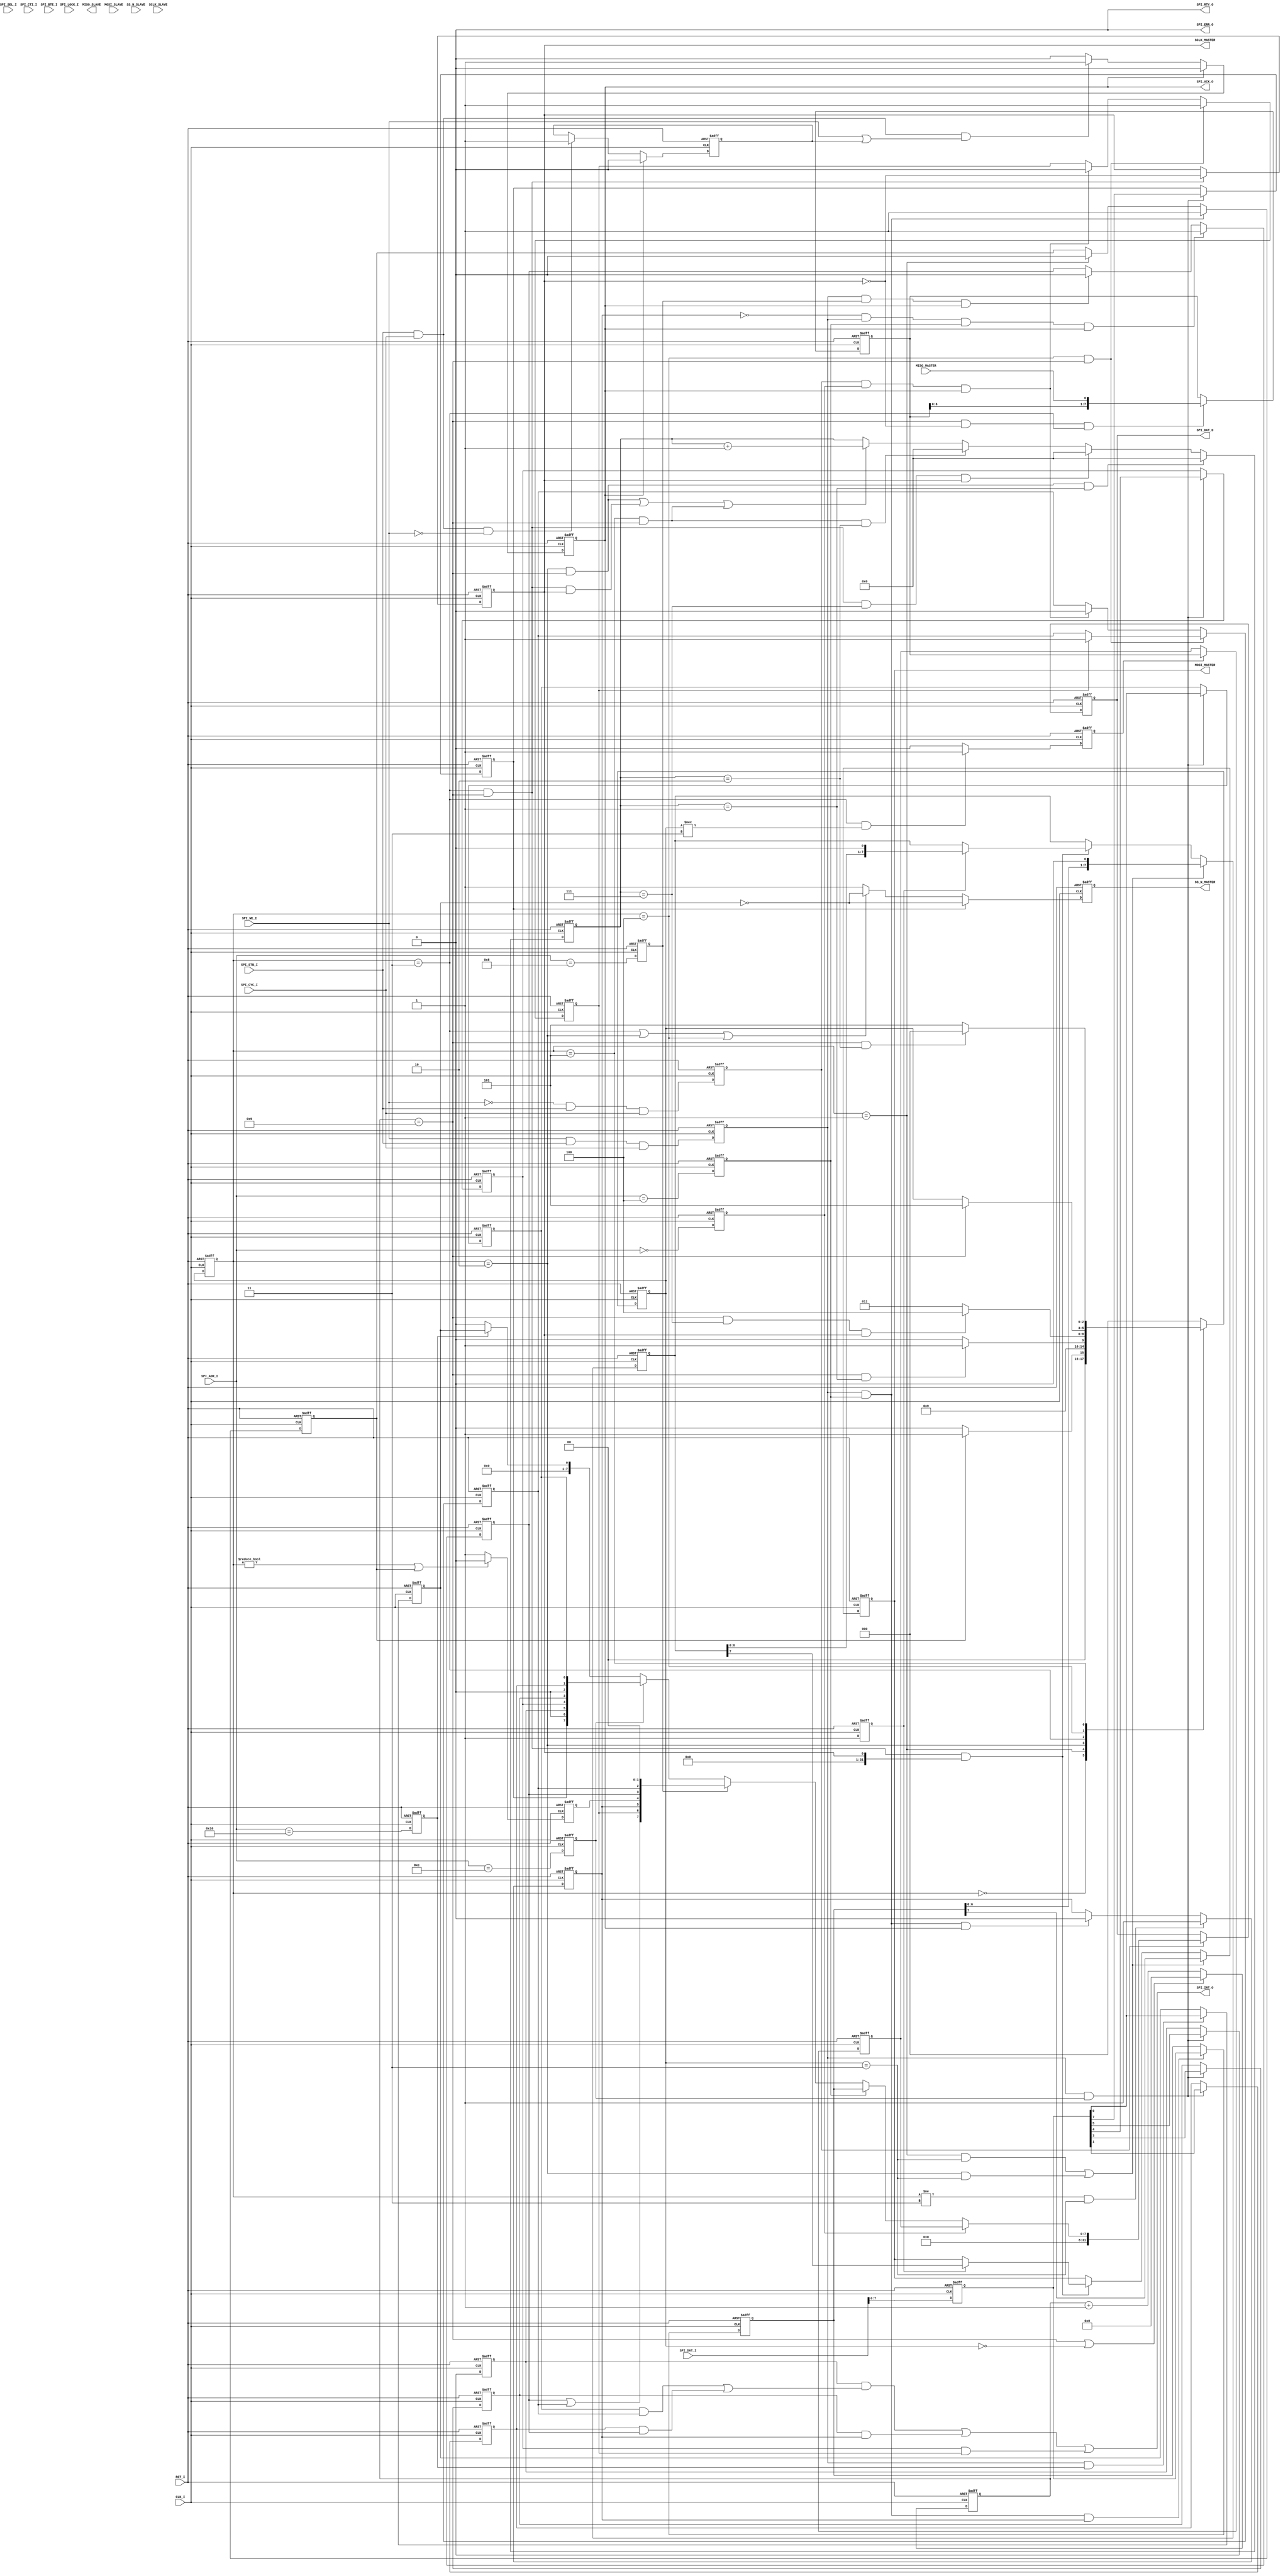
//   ==================================================================
//   >>>>>>>>>>>>>>>>>>>>>>> COPYRIGHT NOTICE <<<<<<<<<<<<<<<<<<<<<<<<<
//   ------------------------------------------------------------------
//   Copyright (c) 2013 by Lattice Semiconductor Corporation
//   ALL RIGHTS RESERVED 
//   ------------------------------------------------------------------
//
//   Permission:
//
//      Lattice SG Pte. Ltd. grants permission to use this code
//      pursuant to the terms of the Lattice Reference Design License Agreement. 
//
//
//   Disclaimer:
//
//      This VHDL or Verilog source code is intended as a design reference
//      which illustrates how these types of functions can be implemented.
//      It is the user's responsibility to verify their design for
//      consistency and functionality through the use of formal
//      verification methods.  Lattice provides no warranty
//      regarding the use or functionality of this code.
//
//   --------------------------------------------------------------------
//
//                  Lattice SG Pte. Ltd.
//                  101 Thomson Road, United Square #07-02 
//                  Singapore 307591
//
//
//                  TEL: 1-800-Lattice (USA and Canada)
//                       +65-6631-2000 (Singapore)
//                       +1-503-268-8001 (other locations)
//
//                  web: http://www.latticesemi.com/
//
//   --------------------------------------------------------------------
//
// --------------------------------------------------------------------
// Code Revision History :
// --------------------------------------------------------------------
// Ver: | Author |Mod. Date |Changes Made:
// V1.0 | J.D.   |01/28/09  |Ported design from LatticeMico32 wb_spi.v
//                          |Modified parameter values and bus widths
//                          |for use with 8 bit bus from Mico8
// V1.1 | S.R    | 21/07/09 |Added the preserve attributeon used ports for 4KZE
//                          |timing simulation
// V1.2 | H.C.   | 11/02/10 |Added the asynchronous reset signal to n_status
//                          |Removed (c_status == ST_IDLE) from the asynchronous
//                          |reset for clock_cnt, and used (n_status == ST_IDLE) as
//                          |the synchronous reset for clock_cnt
// --------------------------------------------------------------------

`timescale 1ns/10ps

module spi #(
   parameter  SHIFT_DIRECTION = 0,
   parameter  CLOCK_PHASE     = 0,
   parameter  CLOCK_POLARITY  = 0,
   parameter  CLOCK_SEL       = 9,		//  SCLK = CLK_I / (2 * (CLOCK_SEL + 1)) = CLK_I / 4
   parameter  MASTER          = 1,
   parameter  SLAVE_NUMBER    = 1,		//  maximum value = 8 for current design
   parameter  DATA_LENGTH     = 8,		//  changed from 32 to 8
   parameter  DELAY_TIME      = 2,
   parameter  CLKCNT_WIDTH    = 5,
   parameter  INTERVAL_LENGTH = 2)
   (
   //slave port
   SPI_ADR_I,    //8 bit width - changed from 32 bits
   SPI_DAT_I,    //8 bit width - changed from 32 bits
   SPI_WE_I,
   SPI_CYC_I,
   SPI_STB_I,
   SPI_SEL_I,
   SPI_CTI_I,
   SPI_BTE_I,
   SPI_LOCK_I,
   SPI_DAT_O,    //8 bit width - changed from 32 bits
   SPI_ACK_O,
   SPI_INT_O,
   SPI_ERR_O,
   SPI_RTY_O,
   //spi interface
   MISO_MASTER,
   MOSI_MASTER,
   SS_N_MASTER,
   SCLK_MASTER,
   MISO_SLAVE,
   MOSI_SLAVE,
   SS_N_SLAVE,
   SCLK_SLAVE,
   //system clock and reset
   CLK_I,
   RST_I
   );

   //slave port
   input [7:0]         SPI_ADR_I;		//8 bit width - changed from 32 bits
   input [31:0]        SPI_DAT_I;		//8 bit width - changed from 32 bits
   input               SPI_WE_I;
   input               SPI_STB_I;
   input               SPI_CYC_I;
   input [3:0]         SPI_SEL_I  /* synthesis syn_keep=1 opt="keep"*/;
   input [2:0]         SPI_CTI_I  /* synthesis syn_keep=1 opt="keep"*/;
   input [1:0]         SPI_BTE_I  /* synthesis syn_keep=1 opt="keep"*/;
   input               SPI_LOCK_I /* synthesis syn_keep=1 opt="keep"*/;
   output [31:0]       SPI_DAT_O;		//8 bit width - changed from 32 bits
   output              SPI_ACK_O;
   output              SPI_INT_O;
   output              SPI_ERR_O;
   output              SPI_RTY_O;

   //spi interface
   input               MISO_MASTER;
   output              MOSI_MASTER;
   output [SLAVE_NUMBER-1:0] SS_N_MASTER;
   output              SCLK_MASTER;
   output              MISO_SLAVE;
   input               MOSI_SLAVE /* synthesis syn_keep=1 opt="keep"*/;
   input               SS_N_SLAVE /* synthesis syn_keep=1 opt="keep"*/;
   input               SCLK_SLAVE /* synthesis syn_keep=1 opt="keep"*/;
   //system clock and reset
   input               CLK_I;
   input               RST_I;

   parameter           UDLY          = 1;
   parameter           ST_IDLE       = 3'b000;
   parameter           ST_LOAD       = 3'b001;
   parameter           ST_WAIT       = 3'b010;
   parameter           ST_TRANS      = 3'b011;
   parameter           ST_TURNAROUND = 3'b100;
   parameter           ST_INTERVAL   = 3'b101;

   //register access
   wire                    SPI_INT_O;
   reg                     SPI_ACK_O;
   reg [31:0]              SPI_DAT_O;			//8 bit width - changed from 32 bits
   reg [SLAVE_NUMBER-1:0]  SS_N_MASTER;
   reg                     SCLK_MASTER;
   reg                     MOSI_MASTER;
   reg                     MISO_SLAVE;

   reg                     dw00_cs;
   reg                     dw04_cs;
   reg                     dw08_cs;
   reg                     dw0c_cs;
   reg                     dw10_cs;
   reg                     reg_wr;
   reg                     reg_rd;
   reg                     read_wait_done;
   reg [31:0]              latch_s_data;		//8 bit width - changed from 32 bits
   reg [DATA_LENGTH-1:0]   reg_rxdata;
   reg [DATA_LENGTH-1:0]   reg_txdata;
   reg [DATA_LENGTH-1:0]   rx_shift_data;
   reg [DATA_LENGTH-1:0]   tx_shift_data;
   reg                     rx_latch_flag;

   wire [7:0]              reg_control;			//8 bit width - changed from 11 bits
   reg                     reg_iroe;
   reg                     reg_itoe;
   reg                     reg_itrdy;
   reg                     reg_irrdy;
   reg                     reg_ie;
   reg                     reg_sso;

   wire [7:0]              reg_status;			//8 bit width - changed from 9 bits
   reg                     reg_toe;
   reg                     reg_roe;
   reg                     reg_trdy;
   reg                     reg_rrdy;
   reg                     reg_tmt;
   wire                    reg_e;

   assign SPI_ERR_O = 1'b0;
   assign SPI_RTY_O = 1'b0;

   always @(posedge CLK_I or posedge RST_I)
     if(RST_I) begin
        dw00_cs  <= #UDLY 1'b0;
        dw04_cs  <= #UDLY 1'b0;
        dw08_cs  <= #UDLY 1'b0;
        dw0c_cs  <= #UDLY 1'b0;
        dw10_cs  <= #UDLY 1'b0;
     end else begin
        dw00_cs  <= #UDLY (SPI_ADR_I[7:0] == 8'h00);
        dw04_cs  <= #UDLY (SPI_ADR_I[7:0] == 8'h04);
        dw08_cs  <= #UDLY (SPI_ADR_I[7:0] == 8'h08);
        dw0c_cs  <= #UDLY (SPI_ADR_I[7:0] == 8'h0C);
        dw10_cs  <= #UDLY (SPI_ADR_I[7:0] == 8'h10);
     end

   always @(posedge CLK_I or posedge RST_I)
     if(RST_I) begin
        reg_wr       <= #UDLY 1'b0;
        reg_rd       <= #UDLY 1'b0;
     end else begin
        reg_wr       <= #UDLY  SPI_WE_I && SPI_STB_I && SPI_CYC_I;
        reg_rd       <= #UDLY !SPI_WE_I && SPI_STB_I && SPI_CYC_I;
     end

   always @(posedge CLK_I or posedge RST_I)
     if(RST_I)
       latch_s_data  <= #UDLY 32'h0;
     else
       latch_s_data  <= #UDLY SPI_DAT_I;

//Receive Data Register(0x00)
   always @(posedge CLK_I or posedge RST_I)
     if(RST_I)
       reg_rxdata            <= #UDLY 'h0;
     else if (rx_latch_flag)
       reg_rxdata            <= #UDLY rx_shift_data;

//Transmit Data Register(0x04)
   always @(posedge CLK_I or posedge RST_I)
     if(RST_I)
       reg_txdata               <= #UDLY 'h0;
     else if (reg_wr && dw04_cs && reg_trdy)
       reg_txdata               <= #UDLY latch_s_data;

//Status Register(0x08)		// reduced status register length to 8 bits - changed padding at end from 3 bits
   assign      reg_e       = reg_toe | reg_roe;
   assign      reg_status  = {reg_e,reg_rrdy,reg_trdy,reg_tmt,reg_toe,reg_roe,2'b00};

//Control Register(0x0C)	// reduced control register length to 8 bits - deleted 3 bits padding at end
   always @(posedge CLK_I or posedge RST_I)
    if (RST_I) begin
      reg_iroe    <= #UDLY 1'b0;
      reg_itoe    <= #UDLY 1'b0;
      reg_itrdy   <= #UDLY 1'b0;
      reg_irrdy   <= #UDLY 1'b0;
      reg_ie      <= #UDLY 1'b0;
      reg_sso     <= #UDLY 1'b0; end
    else if(reg_wr && dw0c_cs) begin
      reg_iroe    <= #UDLY latch_s_data[0];			//  was bit 3
      reg_itoe    <= #UDLY latch_s_data[1];			//  was bit 4
      reg_itrdy   <= #UDLY latch_s_data[3];			//  was bit 6
      reg_irrdy   <= #UDLY latch_s_data[4];			//  was bit 7
      reg_ie      <= #UDLY latch_s_data[5];			//  was bit 8
      reg_sso     <= #UDLY latch_s_data[7];  end		//  was bit 10

   assign  SPI_INT_O = (reg_ie & (reg_iroe & reg_roe | reg_itoe & reg_toe)) |
                       (reg_itrdy & reg_trdy) |
                       (reg_irrdy & reg_rrdy);

   //For Write, ACK is asserted right after STB is sampled
   //For Read, ACK is asserted one clock later after STB is sampled for better timing
   always @(posedge CLK_I or posedge RST_I) begin
    if (RST_I)
      SPI_ACK_O <= 1'b0;
    else if (SPI_ACK_O)
      SPI_ACK_O <= 1'b0;
    else if (SPI_STB_I && SPI_CYC_I && (SPI_WE_I || read_wait_done))
      SPI_ACK_O <= 1'b1;
    end

   always @(posedge CLK_I or posedge RST_I) begin
    if (RST_I)
      read_wait_done <= 1'b0;
    else if (SPI_ACK_O)
      read_wait_done <= 1'b0;
    else if (SPI_STB_I && SPI_CYC_I && ~SPI_WE_I)
      read_wait_done <= 1'b1;
    end

generate
if (MASTER == 1) begin
   //Master Only registers
   reg [SLAVE_NUMBER-1:0]  reg_ssmask;
   reg [CLKCNT_WIDTH-1:0]  clock_cnt;
   reg  [5:0]              data_cnt;
   reg                     pending_data;
   reg [2:0]               c_status;
   reg [2:0]               n_status;

					// reduced control register length to 8 bits - deleted 3 bits padding at end
   assign  reg_control     = {reg_sso,1'b0,reg_ie,reg_irrdy,reg_itrdy,1'b0,reg_itoe,reg_iroe};

   always @(posedge CLK_I or posedge RST_I)
     if(RST_I)
       pending_data               <= #UDLY 1'b0;
     else if (reg_wr && dw04_cs)
       pending_data               <= #UDLY 1'b1;
     else if (c_status == ST_LOAD)
       pending_data               <= #UDLY 1'b0;

   always @(posedge CLK_I or posedge RST_I)
     if (RST_I)
       SPI_DAT_O     <= #UDLY 8'h0;
     else if (reg_rd)
       SPI_DAT_O     <= #UDLY  dw00_cs ? reg_rxdata :
                               dw04_cs ? reg_txdata :
                               dw08_cs ? reg_status :
                               dw0c_cs ? reg_control:
                               dw10_cs ? reg_ssmask :
                                         8'h0;

   always @(posedge CLK_I or posedge RST_I)
     if (RST_I)
       reg_ssmask                      <= #UDLY 'h0;
     else if (reg_wr && dw10_cs)
       reg_ssmask                      <= #UDLY latch_s_data;

   always @(posedge CLK_I or posedge RST_I) begin
     if (RST_I)
        SS_N_MASTER <= {SLAVE_NUMBER{1'b1}};
     else if (reg_sso)
        SS_N_MASTER <= (~reg_ssmask);
     else if ((c_status == ST_TRANS) || (c_status == ST_WAIT) || (c_status == ST_TURNAROUND))
        SS_N_MASTER <= (~reg_ssmask);
     else
        SS_N_MASTER <= {SLAVE_NUMBER{1'b1}};
     end

   // Generate SCLK
   always @(posedge CLK_I or posedge RST_I)
     if (RST_I)
        SCLK_MASTER    <= #UDLY CLOCK_POLARITY;
     else if ((c_status == ST_TRANS)  && (clock_cnt == CLOCK_SEL))
        SCLK_MASTER    <= #UDLY ~SCLK_MASTER;

   always @(posedge CLK_I or posedge RST_I)
     if (RST_I)
        rx_shift_data       <= #UDLY 'h0;
     else if ((clock_cnt == CLOCK_SEL) && (CLOCK_PHASE == SCLK_MASTER) && (c_status == ST_TRANS))  begin
        if (SHIFT_DIRECTION)
           rx_shift_data    <= #UDLY {MISO_MASTER,rx_shift_data[DATA_LENGTH-1:1]};
        else
           rx_shift_data    <= #UDLY {rx_shift_data,MISO_MASTER};
     end

   // control when the data is received over
   always @(posedge CLK_I or posedge RST_I) begin
      if (RST_I)
         rx_latch_flag <= 1'b0;
      else if ((c_status == ST_TRANS) && (n_status !== ST_TRANS))
         rx_latch_flag <= 1'b1;
      else if (rx_latch_flag)
         rx_latch_flag <= 1'b0;
      end

   always @(posedge CLK_I or posedge RST_I)
      if (RST_I)
         clock_cnt <= 0;
      else if (clock_cnt == CLOCK_SEL || (n_status == ST_IDLE))
         clock_cnt <= 0;
      else
         clock_cnt <= clock_cnt + 1;

   always @(posedge CLK_I or posedge RST_I) begin
      if (RST_I)
         c_status <= ST_IDLE;
      else
         c_status <= n_status;
      end

   wire [5:0] ACTUAL_MAX = (CLOCK_POLARITY == CLOCK_PHASE) ?
                          DATA_LENGTH - 1 :
                          DATA_LENGTH;

     always @(negedge CLK_I or posedge RST_I)
       begin
       if (RST_I)
          n_status <= ST_IDLE;
       else
       case(c_status)
       ST_IDLE:   if (pending_data)
                       n_status <= ST_LOAD;
                  else
                       n_status <= ST_IDLE;
       ST_LOAD:  begin
                     if (DELAY_TIME == 0)
                         n_status <= ST_TRANS;
                     else
                         n_status <= ST_WAIT;
                  end
       ST_WAIT:   begin
                     if ((clock_cnt == CLOCK_SEL) && (data_cnt == DELAY_TIME - 1))
                         n_status <= ST_TRANS;
                     else
                         n_status <= ST_WAIT;
                  end
       ST_TRANS:  begin
                     if ((clock_cnt == CLOCK_SEL) &&
                         (data_cnt == ACTUAL_MAX) &&
                         (SCLK_MASTER != CLOCK_POLARITY))
                         n_status <= ST_TURNAROUND;
                     else
                         n_status <= ST_TRANS;
                  end
       ST_TURNAROUND:  begin
                        if (clock_cnt == CLOCK_SEL)
                          if (INTERVAL_LENGTH)
                             n_status <= ST_INTERVAL;
                          else
                             n_status <= ST_IDLE;
                       end
       ST_INTERVAL:  begin
                       if ((clock_cnt == CLOCK_SEL) && (data_cnt == INTERVAL_LENGTH))
                          n_status <= ST_IDLE;
                       else
                          n_status <= ST_INTERVAL;
                       end
       default:     n_status <= ST_IDLE;
       endcase
       end

   always @(posedge CLK_I or posedge RST_I)  begin
      if (RST_I)
         data_cnt <= 0;
      else if ((c_status == ST_WAIT)   && (clock_cnt == CLOCK_SEL) &&  (data_cnt == DELAY_TIME - 1))
         data_cnt <= 0;
      else if ((c_status == ST_TRANS)  && (clock_cnt == CLOCK_SEL) && (data_cnt == ACTUAL_MAX) && (CLOCK_POLARITY != SCLK_MASTER))
         data_cnt <= 0;
      else if ((c_status == ST_INTERVAL) && (clock_cnt == CLOCK_SEL) && (data_cnt == INTERVAL_LENGTH))
         data_cnt <= 0;
      else if (((c_status == ST_WAIT)   && (clock_cnt == CLOCK_SEL)) ||
               ((c_status == ST_TRANS)  && (clock_cnt == CLOCK_SEL)  && (CLOCK_PHASE != SCLK_MASTER))||
               ((c_status == ST_INTERVAL) && (clock_cnt == CLOCK_SEL)))
         data_cnt <= data_cnt + 1;
      end

   reg wait_one_tick_done;
   always @(posedge CLK_I or posedge RST_I) begin
      if (RST_I)
          wait_one_tick_done <= 1'b0;
      else if (CLOCK_PHASE == CLOCK_POLARITY)
          wait_one_tick_done <= 1'b1;
      else if ((c_status == ST_TRANS) && (clock_cnt == CLOCK_SEL) && (data_cnt == 1))
          wait_one_tick_done <= 1'b1;
      else if (data_cnt == 0)
          wait_one_tick_done <= 1'b0;
      end

    always @(posedge CLK_I or posedge RST_I) begin
      if (RST_I) begin
         MOSI_MASTER <= 0;
         tx_shift_data <= 0;  end
      else if (((c_status == ST_LOAD) && (n_status == ST_TRANS)) ||
               ((c_status == ST_WAIT) && (n_status == ST_TRANS))) begin
             MOSI_MASTER   <= SHIFT_DIRECTION ? reg_txdata[0] :
                                                reg_txdata[DATA_LENGTH-1];
             tx_shift_data <= SHIFT_DIRECTION ? {1'b0, reg_txdata[DATA_LENGTH-1:1]} :
                                                {reg_txdata, 1'b0};
             end
      else if ((c_status == ST_TRANS) && (clock_cnt == CLOCK_SEL) && (CLOCK_PHASE ^ SCLK_MASTER) )
            if (wait_one_tick_done) begin
              MOSI_MASTER   <= SHIFT_DIRECTION ? tx_shift_data[0] :
                                                 tx_shift_data[DATA_LENGTH-1];
              tx_shift_data <= SHIFT_DIRECTION ? {1'b0, tx_shift_data[DATA_LENGTH-1:1]} :
                                                 {tx_shift_data, 1'b0};
            end
      end

   always @(posedge CLK_I or posedge RST_I)
      if (RST_I)
         reg_trdy <= 1;
      else if ((c_status != ST_TRANS) && (n_status == ST_TRANS))
         reg_trdy <= 1;
      else if (reg_wr && dw04_cs && SPI_ACK_O)
         reg_trdy <= 0;

   always @(posedge CLK_I or posedge RST_I)
      if (RST_I)
         reg_toe <= 0;
      else if (!reg_trdy && reg_wr && dw04_cs && SPI_ACK_O)
         reg_toe <= 1'b1;
      else if (reg_wr && dw08_cs && SPI_ACK_O)
         reg_toe <= 1'b0;

   always @(posedge CLK_I or posedge RST_I)
      if (RST_I)  begin
         reg_rrdy <= 1'b0;
         reg_roe  <= 1'b0;  end
      else if ((c_status == ST_TURNAROUND) && (clock_cnt == CLOCK_SEL)) begin
         if (reg_rrdy)
            reg_roe <= 1'b1;
         else  begin
            reg_rrdy <= 1'b1;
            end
         end
      else if (reg_rd && dw00_cs && SPI_ACK_O) begin
         reg_rrdy <= 1'b0;
         reg_roe  <= 1'b0; end

   always @(posedge CLK_I or posedge RST_I)
      if (RST_I)
         reg_tmt <= 1'b1;
      else if ((c_status != ST_IDLE) || pending_data)
         reg_tmt <= 1'b0;
      else
         reg_tmt <= 1'b1;

  end
  endgenerate
  //End of Master Section

  //Slave Mode
generate

if (MASTER == 0)
begin
   //Slave Only registers/wires
   reg                     tx_done;
   reg                     rx_done;
   reg                     rx_done_flip1;
   reg                     rx_done_flip2;
   reg  [5:0]              rx_data_cnt;
   reg  [5:0]              tx_data_cnt;

					// reduced control register length to 8 bits - deleted 3 bits padding at end
   assign  reg_control     = {1'b0,   1'b0,reg_ie,reg_irrdy,reg_itrdy,1'b0,reg_itoe,reg_iroe};

   always @(posedge CLK_I or posedge RST_I)
     if (RST_I)
       SPI_DAT_O     <= #UDLY 8'h0;
     else if (reg_rd)
       SPI_DAT_O     <= #UDLY  dw00_cs ? reg_rxdata :
                               dw04_cs ? reg_txdata :
                               dw08_cs ? reg_status :
                               dw0c_cs ? reg_control:
                                         8'h0;

   //For Rx data, sample at posedge when CLOCK_PHASE is 0
if (CLOCK_PHASE == 0)
begin
     always @(posedge SCLK_SLAVE or posedge RST_I)
       if (RST_I)
         rx_shift_data     <= #UDLY 'h0;
       else if (!SS_N_SLAVE)
           if (SHIFT_DIRECTION)
              rx_shift_data   <= #UDLY {MOSI_SLAVE,rx_shift_data[DATA_LENGTH-1:1]};
           else
              rx_shift_data   <= #UDLY {rx_shift_data,MOSI_SLAVE};

     always @(posedge SCLK_SLAVE or posedge RST_I)
       if (RST_I)
          rx_data_cnt     <= #UDLY 'h0;
       else if (rx_data_cnt == DATA_LENGTH - 1)
          rx_data_cnt     <= #UDLY 'h0;
       else if (!SS_N_SLAVE)
          rx_data_cnt     <= #UDLY rx_data_cnt + 1;

     always @(posedge SCLK_SLAVE or posedge RST_I)
       if (RST_I)
          rx_done         <= #UDLY 1'b0;
       else if (rx_data_cnt == DATA_LENGTH - 1)
          rx_done         <= #UDLY 1'b1;
       else
          rx_done         <= #UDLY 1'b0;

end
else
begin
    //For Rx data, sample at negedge when CLOCK_PHASE is 1
    always @(negedge SCLK_SLAVE or posedge RST_I)
       if (RST_I)
         rx_shift_data     <= #UDLY 'h0;
       else if (!SS_N_SLAVE)
           if (SHIFT_DIRECTION)
              rx_shift_data   <= #UDLY {MOSI_SLAVE,rx_shift_data[DATA_LENGTH-1:1]};
           else
              rx_shift_data   <= #UDLY {rx_shift_data,MOSI_SLAVE};

     always @(negedge SCLK_SLAVE or posedge RST_I)
       if (RST_I)
          rx_data_cnt     <= #UDLY 'h0;
       else if (rx_data_cnt == DATA_LENGTH - 1)
          rx_data_cnt     <= #UDLY 'h0;
       else if (!SS_N_SLAVE)
          rx_data_cnt     <= #UDLY rx_data_cnt + 1;

     always @(negedge SCLK_SLAVE or posedge RST_I)
       if (RST_I)
          rx_done         <= #UDLY 1'b0;
       else if (rx_data_cnt == DATA_LENGTH - 1)
          rx_done         <= #UDLY 1'b1;
       else
          rx_done         <= #UDLY 1'b0;
end

   always @(posedge CLK_I or posedge RST_I)
     if (RST_I) begin
       rx_done_flip1                <= #UDLY 1'b0;
       rx_done_flip2                <= #UDLY 1'b0;end
     else begin
       rx_done_flip1                <= #UDLY rx_done;
       rx_done_flip2                <= #UDLY rx_done_flip1;end

   always @(posedge CLK_I or posedge RST_I)
     if (RST_I)
       rx_latch_flag                <= #UDLY 1'b0;
     else if (rx_done_flip1 && !rx_done_flip2)
       rx_latch_flag                <= #UDLY 1'b1;
     else
       rx_latch_flag                <= #UDLY 1'b0;

   always @(posedge CLK_I or posedge RST_I)
     if (RST_I)
       reg_rrdy                     <= #UDLY 1'b0;
     else if (rx_done_flip1 && !rx_done_flip2)
       reg_rrdy                     <= #UDLY 1'b1;
     else if (reg_rd && dw00_cs && SPI_ACK_O)
       reg_rrdy                     <= #UDLY 1'b0;

   always @(posedge CLK_I or posedge RST_I)
     if (RST_I)
       reg_roe                      <= #UDLY 1'b0;
     else if (rx_done_flip1 && !rx_done_flip2 && reg_rrdy)
       reg_roe                      <= #UDLY 1'b1;
     else if (reg_wr && dw08_cs && SPI_ACK_O)
       reg_roe                      <= #UDLY 1'b0;

   //For Tx data, update at negedge when CLOCK_PHASE is 0

if (CLOCK_PHASE == 0)
begin
     if (CLOCK_POLARITY == 1)
     begin
       		always @(negedge SCLK_SLAVE or posedge RST_I)
         if (RST_I)
           MISO_SLAVE   <= #UDLY 1'b0;
         else
           MISO_SLAVE   <= #UDLY SHIFT_DIRECTION ? reg_txdata[tx_data_cnt] :
                                                   reg_txdata[DATA_LENGTH-tx_data_cnt-1];
     end
     else
     begin
       always @(*)
         MISO_SLAVE   <= #UDLY SHIFT_DIRECTION ? reg_txdata[tx_data_cnt] :
                                                 reg_txdata[DATA_LENGTH-tx_data_cnt-1];
     end

     always @(negedge SCLK_SLAVE or posedge RST_I)
       if (RST_I)
          tx_data_cnt     <= #UDLY 'h0;
       else if (tx_data_cnt == DATA_LENGTH - 1)
          tx_data_cnt     <= #UDLY 'h0;
       else if (!SS_N_SLAVE)
          tx_data_cnt     <= #UDLY tx_data_cnt + 1;

     always @(negedge SCLK_SLAVE or posedge RST_I)
       if (RST_I)
          tx_done     <= #UDLY 1'b0;
       else if (tx_data_cnt == DATA_LENGTH - 1)
          tx_done     <= #UDLY 1'b1;
       else
          tx_done     <= #UDLY 1'b0;

   //For Tx data, update at posedge when CLOCK_PHASE is 1
end else
begin
     if (CLOCK_POLARITY == 1)
     begin
       always @(*)
         MISO_SLAVE   <= #UDLY SHIFT_DIRECTION ? reg_txdata[tx_data_cnt] :
                                                 reg_txdata[DATA_LENGTH-tx_data_cnt-1];
     end
     else
     begin
       		always @(posedge SCLK_SLAVE or posedge RST_I)
         if (RST_I)
           MISO_SLAVE   <= #UDLY 1'b0;
         else
           MISO_SLAVE   <= #UDLY SHIFT_DIRECTION ? reg_txdata[tx_data_cnt] :
                                                   reg_txdata[DATA_LENGTH-tx_data_cnt-1];
    end

     always @(posedge SCLK_SLAVE or posedge RST_I)
       if (RST_I)
          tx_data_cnt     <= #UDLY 'h0;
       else if (tx_data_cnt == DATA_LENGTH - 1)
          tx_data_cnt     <= #UDLY 'h0;
       else if (!SS_N_SLAVE)
          tx_data_cnt     <= #UDLY tx_data_cnt + 1;

     always @(posedge SCLK_SLAVE or posedge RST_I)
       if (RST_I)
          tx_done     <= #UDLY 1'b0;
       else if (tx_data_cnt == DATA_LENGTH - 1)
          tx_done     <= #UDLY 1'b1;
       else
          tx_done     <= #UDLY 1'b0;
end

   always @(posedge CLK_I or posedge RST_I)
     if (RST_I)
        reg_trdy     <= #UDLY 1'b1;
     else if (reg_wr && dw04_cs && SPI_ACK_O)
        reg_trdy     <= #UDLY 1'b0;
     else if (tx_done)
        reg_trdy     <= #UDLY 1'b1;

   always @(posedge CLK_I or posedge RST_I)
     if (RST_I)
        reg_tmt     <= #UDLY 1'b1;
     else if (reg_wr && dw04_cs && SPI_ACK_O)
        reg_tmt     <= #UDLY 1'b0;
     else if (tx_done)
        reg_tmt     <= #UDLY 1'b1;

   always @(posedge CLK_I or posedge RST_I)
     if(RST_I)
       reg_toe      <= #UDLY 1'b0;
     else if(!reg_trdy && reg_wr && dw04_cs && SPI_ACK_O)
       reg_toe      <= #UDLY 1'b1;
     else if(reg_wr && dw08_cs && SPI_ACK_O)
       reg_toe      <= #UDLY 1'b0;

end
endgenerate

endmodule